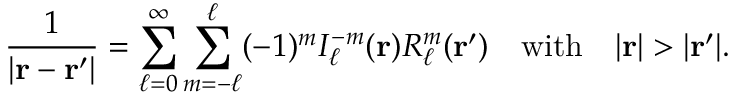
{ \frac { 1 } { | \mathbf { r } - \mathbf { r } ^ { \prime } | } } = \sum _ { \ell = 0 } ^ { \infty } \sum _ { m = - \ell } ^ { \ell } ( - 1 ) ^ { m } I _ { \ell } ^ { - m } ( \mathbf { r } ) R _ { \ell } ^ { m } ( \mathbf { r } ^ { \prime } ) \quad { \mathrm { w i t h } } \quad | \mathbf { r } | > | \mathbf { r } ^ { \prime } | .